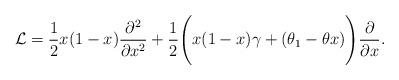
LaTeX: \begin{align*}{\cal L}=\frac{1}{2}x(1-x)\frac{\partial^2}{\partial x^2}+ \frac{1}{2}\Bigg (x(1-x)\gamma + (\theta_1-\theta x)\Bigg )\frac{\partial}{\partial x}.\end{align*}